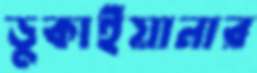
ডুকাইয়ানার